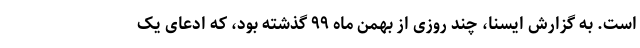
است. به گزارش ایسنا، چند روزی از بهمن ماه ۹۹ گذشته بود، که ادعای یک